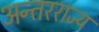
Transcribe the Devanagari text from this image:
अन्तरराज्य